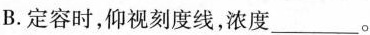
B.定容时，仰视刻度线，浓度___。